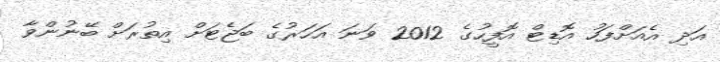
އަދި އެއަށްފަހު އޮޑިޓް އޮފީހުގެ 2012 ވަނަ އަހަރުގެ ބަޖެޓަށް އިތުރަށް ބޭނުންވާ